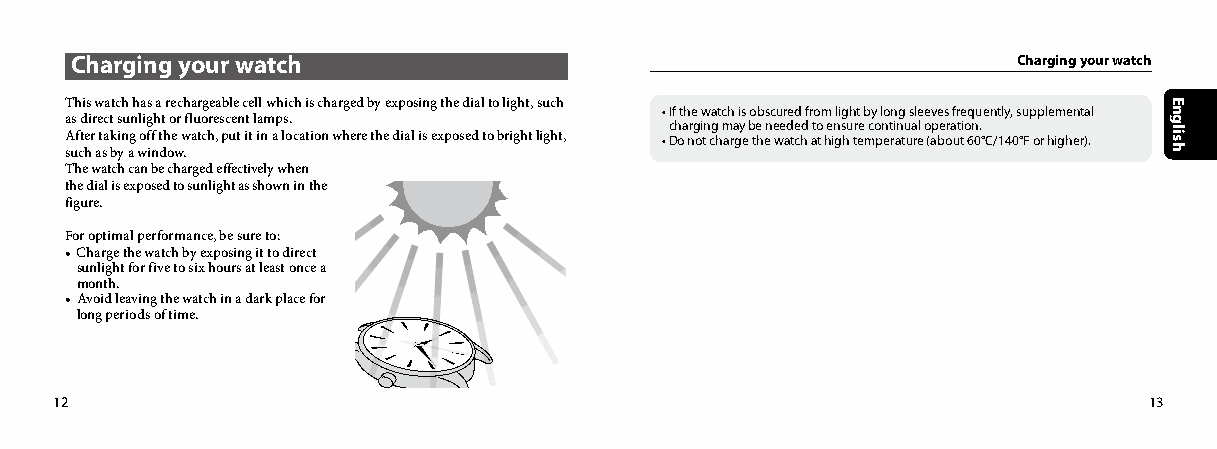
Charging your watch                                           Charging your watch
 This watch has a rechargeable cell which is charged by exposing the dial to light, such
 • If the watch is obscured from light by long sleeves frequently, supplemental
 as direct sunlight or fluorescent lamps.
 charging may be needed to ensure continual operation.
 After taking off the watch, put it in a location where the dial is exposed to bright light, • Do not charge the watch at high temperature (about 60°C/140°F or higher).
 such as by a window.
 The watch can be charged effectively when
 the dial is exposed to sunlight as shown in the
 figure.
 For optimal performance, be sure to:
 • Charge the watch by exposing it to direct
 sunlight for five to six hours at least once a
 month.
 • Avoid leaving the watch in a dark place for
 long periods of time.
 12                                                                      13
 English